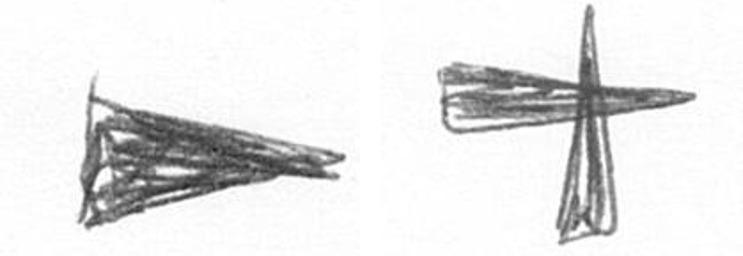
T G